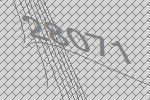
28071